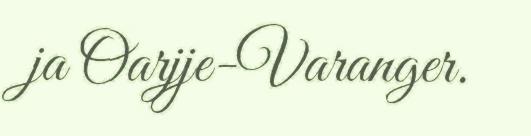
ja Oarjje-Varanger.